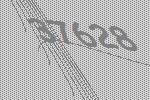
37628